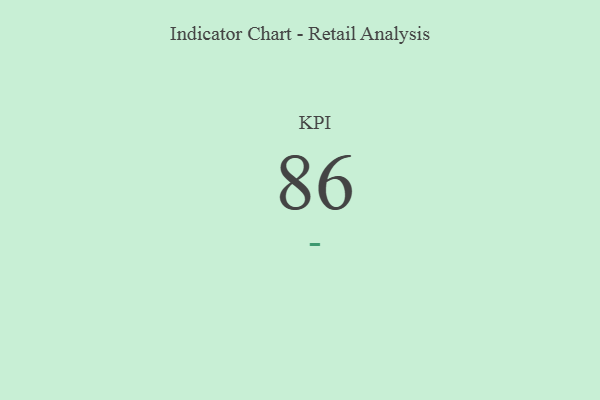
{"axis": {"x": "KPI", "y": "Value"}, "legend": [""], "data": [{"x": "KPI", "y": 86, "type": ""}]}